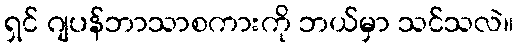
ရှင် ဂျပန်ဘာသာစကားကို ဘယ်မှာ သင်သလဲ။